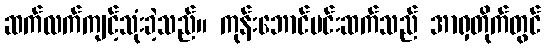
ဆက်လက်ကျင့်သုံးခဲ့သည်။ ကုန်းဘောင်မင်းဆက်သည် အာရှတိုက်တွင်